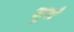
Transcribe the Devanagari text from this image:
जुर्रा